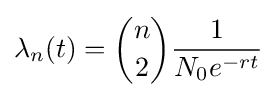
\lambda _{n}(t)={n \choose 2}{\frac {1}{N_{0}e^{-rt}}}